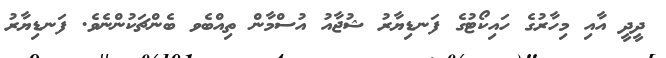
ދީދީ އާއި މިހާރުގެ ހައިކޯޓުގެ ފަނޑިޔާރު ޝުޖާއު އުސްމާން ތިއްބެވ ބެންޗަކުންނެވެ. ފަނޑިޔާރު